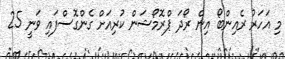
މި އަހަރު ރެއިންބޯ އިން ރޯދަ ޕްރޮމޯޝަން ކުރިއަށް ގެންގޮސްފައި ވަނީ 25